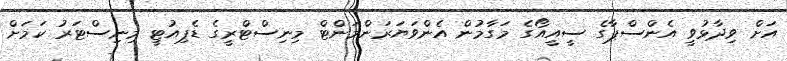
އަށް ވިދާޅުވީ އެންސްޕާގެ ސީއީއޯގެ މަގާމުން އެންވަޔަރަންމަންޓް މިނިސްޓްރީގެ ޑެޕިއުޓީ މިނިސްޓަރު ކަމަށް